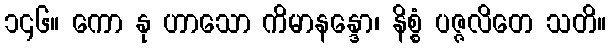
၁၄၆။ ကော နု ဟာသော ကိမာနန္ဒော၊ နိစ္စံ ပဇ္ဇလိတေ သတိ။